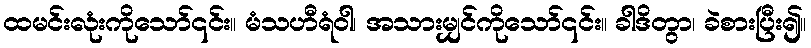
ထမင်းလုံးကိုသော်၎င်း။ မံသဟီရံဝါ၊ အသားမျှင်ကိုသော်၎င်း။ ခါဒိတွာ၊ ခဲစားပြီး၍။